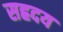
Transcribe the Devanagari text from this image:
सह्रदय